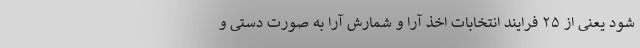
شود یعنی از ۲۵ فرایند انتخابات اخذ آرا و شمارش آرا به صورت دستی و